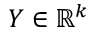
Y \in \mathbb { R } ^ { k }